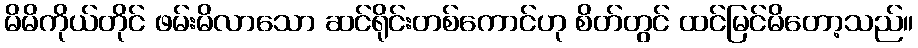
မိမိကိုယ်တိုင် ဖမ်းမိလာသော ဆင်ရိုင်းတစ်ကောင်ဟု စိတ်တွင် ထင်မြင်မိတော့သည်။